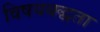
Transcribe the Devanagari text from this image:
विषयबद्धता